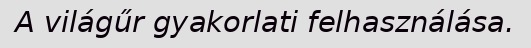
A világűr gyakorlati felhasználása.